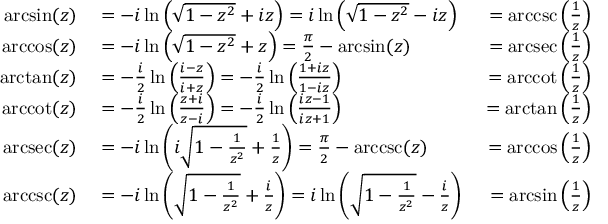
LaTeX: \begin{array} { r l r } { \arcsin ( z ) } & { { } { } = - i \ln \left( { \sqrt { 1 - z ^ { 2 } } } + i z \right) = i \ln \left( { \sqrt { 1 - z ^ { 2 } } } - i z \right) } & { { } = \operatorname { a r c c s c } \left( { \frac { 1 } { z } } \right) } \\ { \operatorname { a r c c o s } ( z ) } & { { } { } = - i \ln \left( { \sqrt { 1 - z ^ { 2 } } } + z \right) = { \frac { \pi } { 2 } } - \arcsin ( z ) } & { { } = \operatorname { a r c s e c } \left( { \frac { 1 } { z } } \right) } \\ { \arctan ( z ) } & { { } { } = - { \frac { i } { 2 } } \ln \left( { \frac { i - z } { i + z } } \right) = - { \frac { i } { 2 } } \ln \left( { \frac { 1 + i z } { 1 - i z } } \right) } & { { } = \operatorname { a r c c o t } \left( { \frac { 1 } { z } } \right) } \\ { \operatorname { a r c c o t } ( z ) } & { { } { } = - { \frac { i } { 2 } } \ln \left( { \frac { z + i } { z - i } } \right) = - { \frac { i } { 2 } } \ln \left( { \frac { i z - 1 } { i z + 1 } } \right) } & { { } = \arctan \left( { \frac { 1 } { z } } \right) } \\ { \operatorname { a r c s e c } ( z ) } & { { } { } = - i \ln \left( i { \sqrt { 1 - { \frac { 1 } { z ^ { 2 } } } } } + { \frac { 1 } { z } } \right) = { \frac { \pi } { 2 } } - \operatorname { a r c c s c } ( z ) } & { { } = \operatorname { a r c c o s } \left( { \frac { 1 } { z } } \right) } \\ { \operatorname { a r c c s c } ( z ) } & { { } { } = - i \ln \left( { \sqrt { 1 - { \frac { 1 } { z ^ { 2 } } } } } + { \frac { i } { z } } \right) = i \ln \left( { \sqrt { 1 - { \frac { 1 } { z ^ { 2 } } } } } - { \frac { i } { z } } \right) } & { { } = \arcsin \left( { \frac { 1 } { z } } \right) } \end{array}